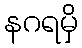
နဂရမှိ